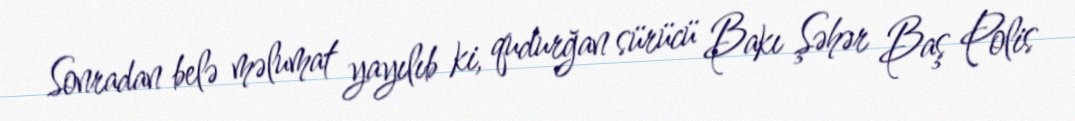
Sonradan belə məlumat yayılıb ki, qudurğan sürücü Bakı Şəhər Baş Polis